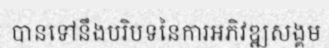
បានទៅនឹងបរិបទនៃការអភិវឌ្ឍសង្គម